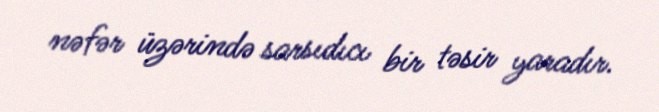
nəfər üzərində sarsıdıcı bir təsir yaradır.